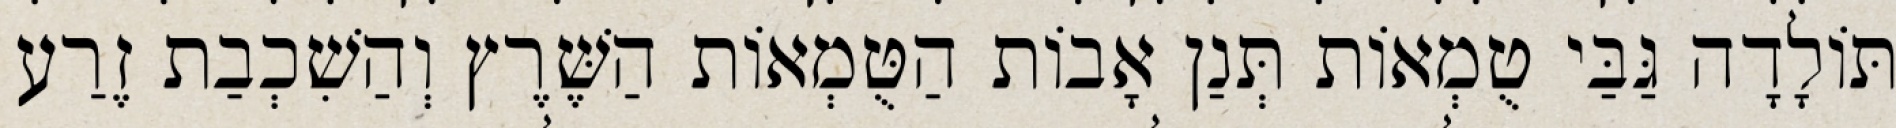
תּוֹלָדָה גַּבַּי טֻמְאוֹת תְּנַן אָבוֹת הַטֻּמְאוֹת הַשֶּׁרֶץ וְהַשִׁכְבַת זֶרַע